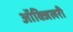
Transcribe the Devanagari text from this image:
आॅक्जिलरी